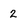
Character: 2